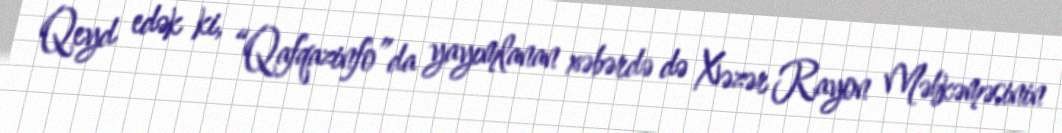
Qeyd edək ki, “Qafqazinfo”da yayımlanan xəbərdə də Xəzər Rayon Məhkəməsinin